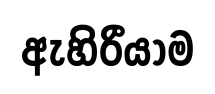
ඇහිරීයාම